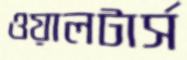
ওয়ালটার্স